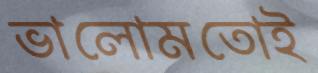
ভালোমতোই